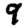
Digit: 9